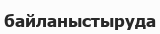
байланыстыруда